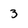
Character: 3